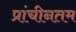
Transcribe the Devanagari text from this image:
प्रांचीनतम